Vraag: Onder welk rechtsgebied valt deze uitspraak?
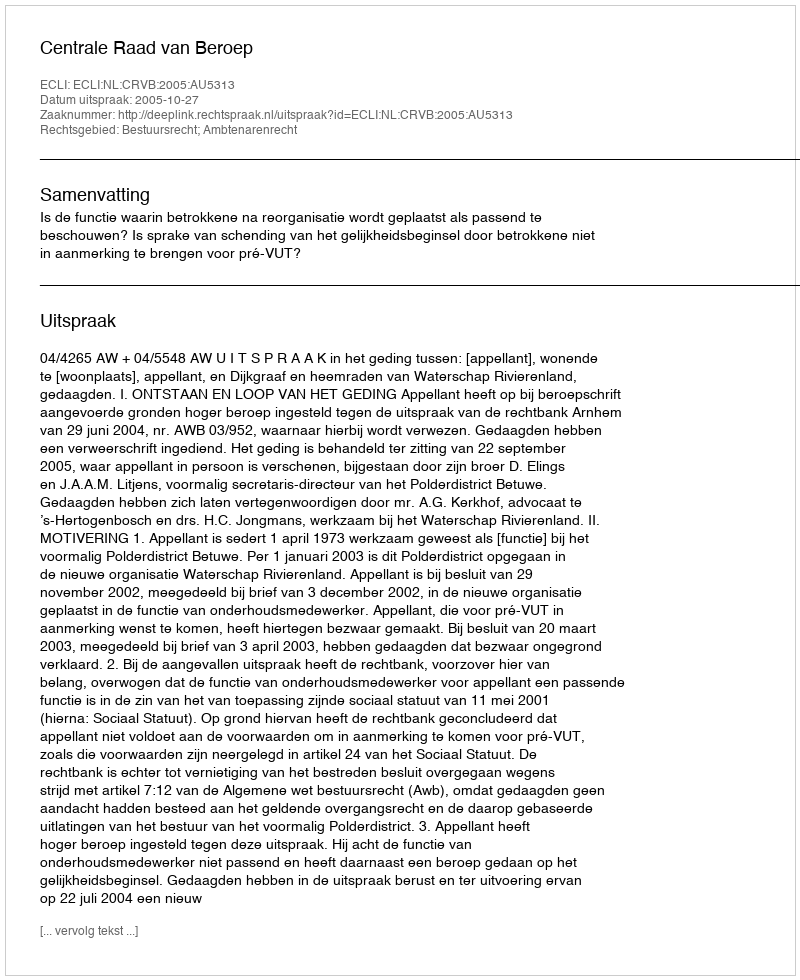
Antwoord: Bestuursrecht; Ambtenarenrecht